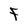
Character: F